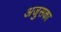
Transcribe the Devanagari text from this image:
अजुसका